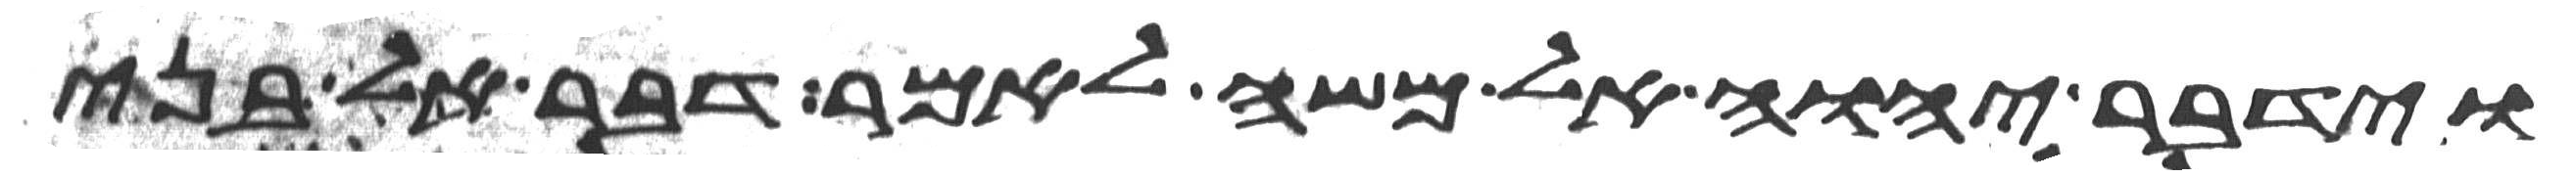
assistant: וידבר יהוה אל משה לאמר דבר אל בני